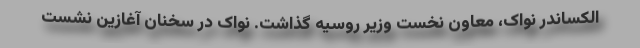
الکساندر نواک، معاون نخست وزیر روسیه گذاشت. نواک در سخنان آغازین نشست